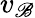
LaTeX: v_{\mathscr{B}}